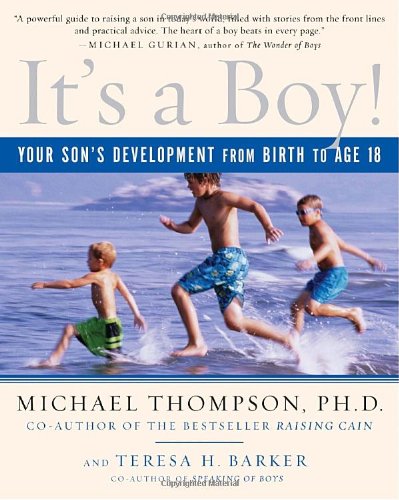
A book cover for It's a Boy!: Your Son's Development from Birth to Age 18; Michael Thompson Ph.D.; Parenting & Relationships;